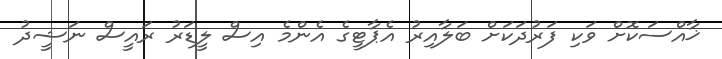
ޚާއްސަކޮށް ވަކި ފަރުދަކަށް ބަލާއިރު އެޕާޓީގެ އެންމެ އިސް ލީޑަރު ރައީސް ނަޝީދު